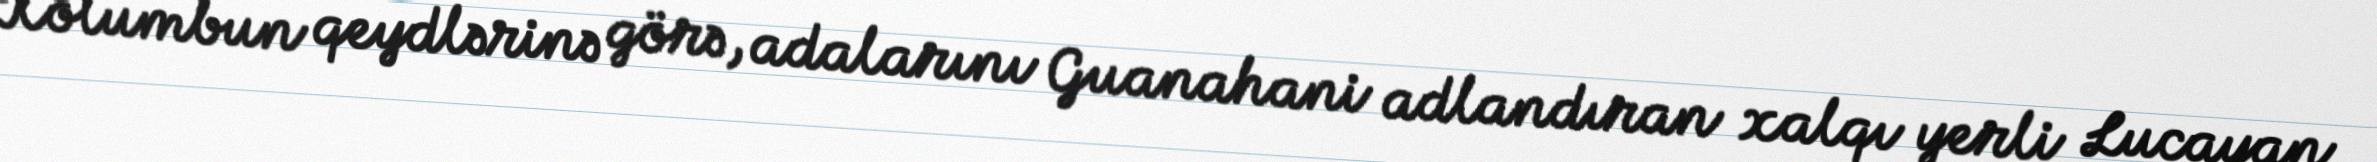
Kolumbun qeydlərinə görə, adalarını Guanahani adlandıran xalqı yerli Lucayan